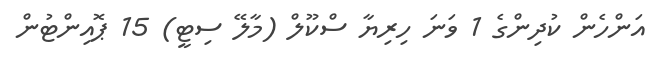
އަންހެން ކުދިންގެ 1 ވަނަ ހިރިޔާ ސްކޫލް (މާލޭ ސިޓީ) 15 ޕޮއިންޓުން